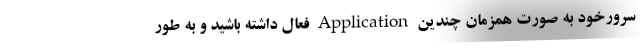
سرورخود به صورت همزمان چندین Application فعال داشته باشید و به طور